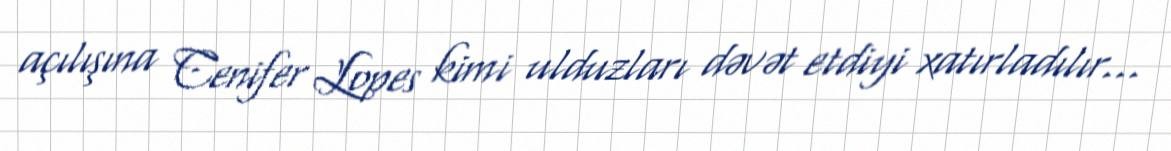
açılışına Cenifer Lopes kimi ulduzları dəvət etdiyi xatırladılır...